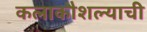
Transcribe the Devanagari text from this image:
कलाकौशल्याची